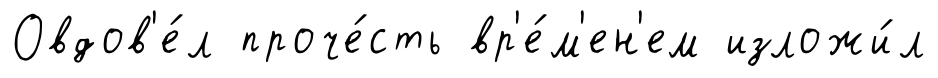
Овдов'е́л проче́сть вр'е́м'ен'ем изложи́л